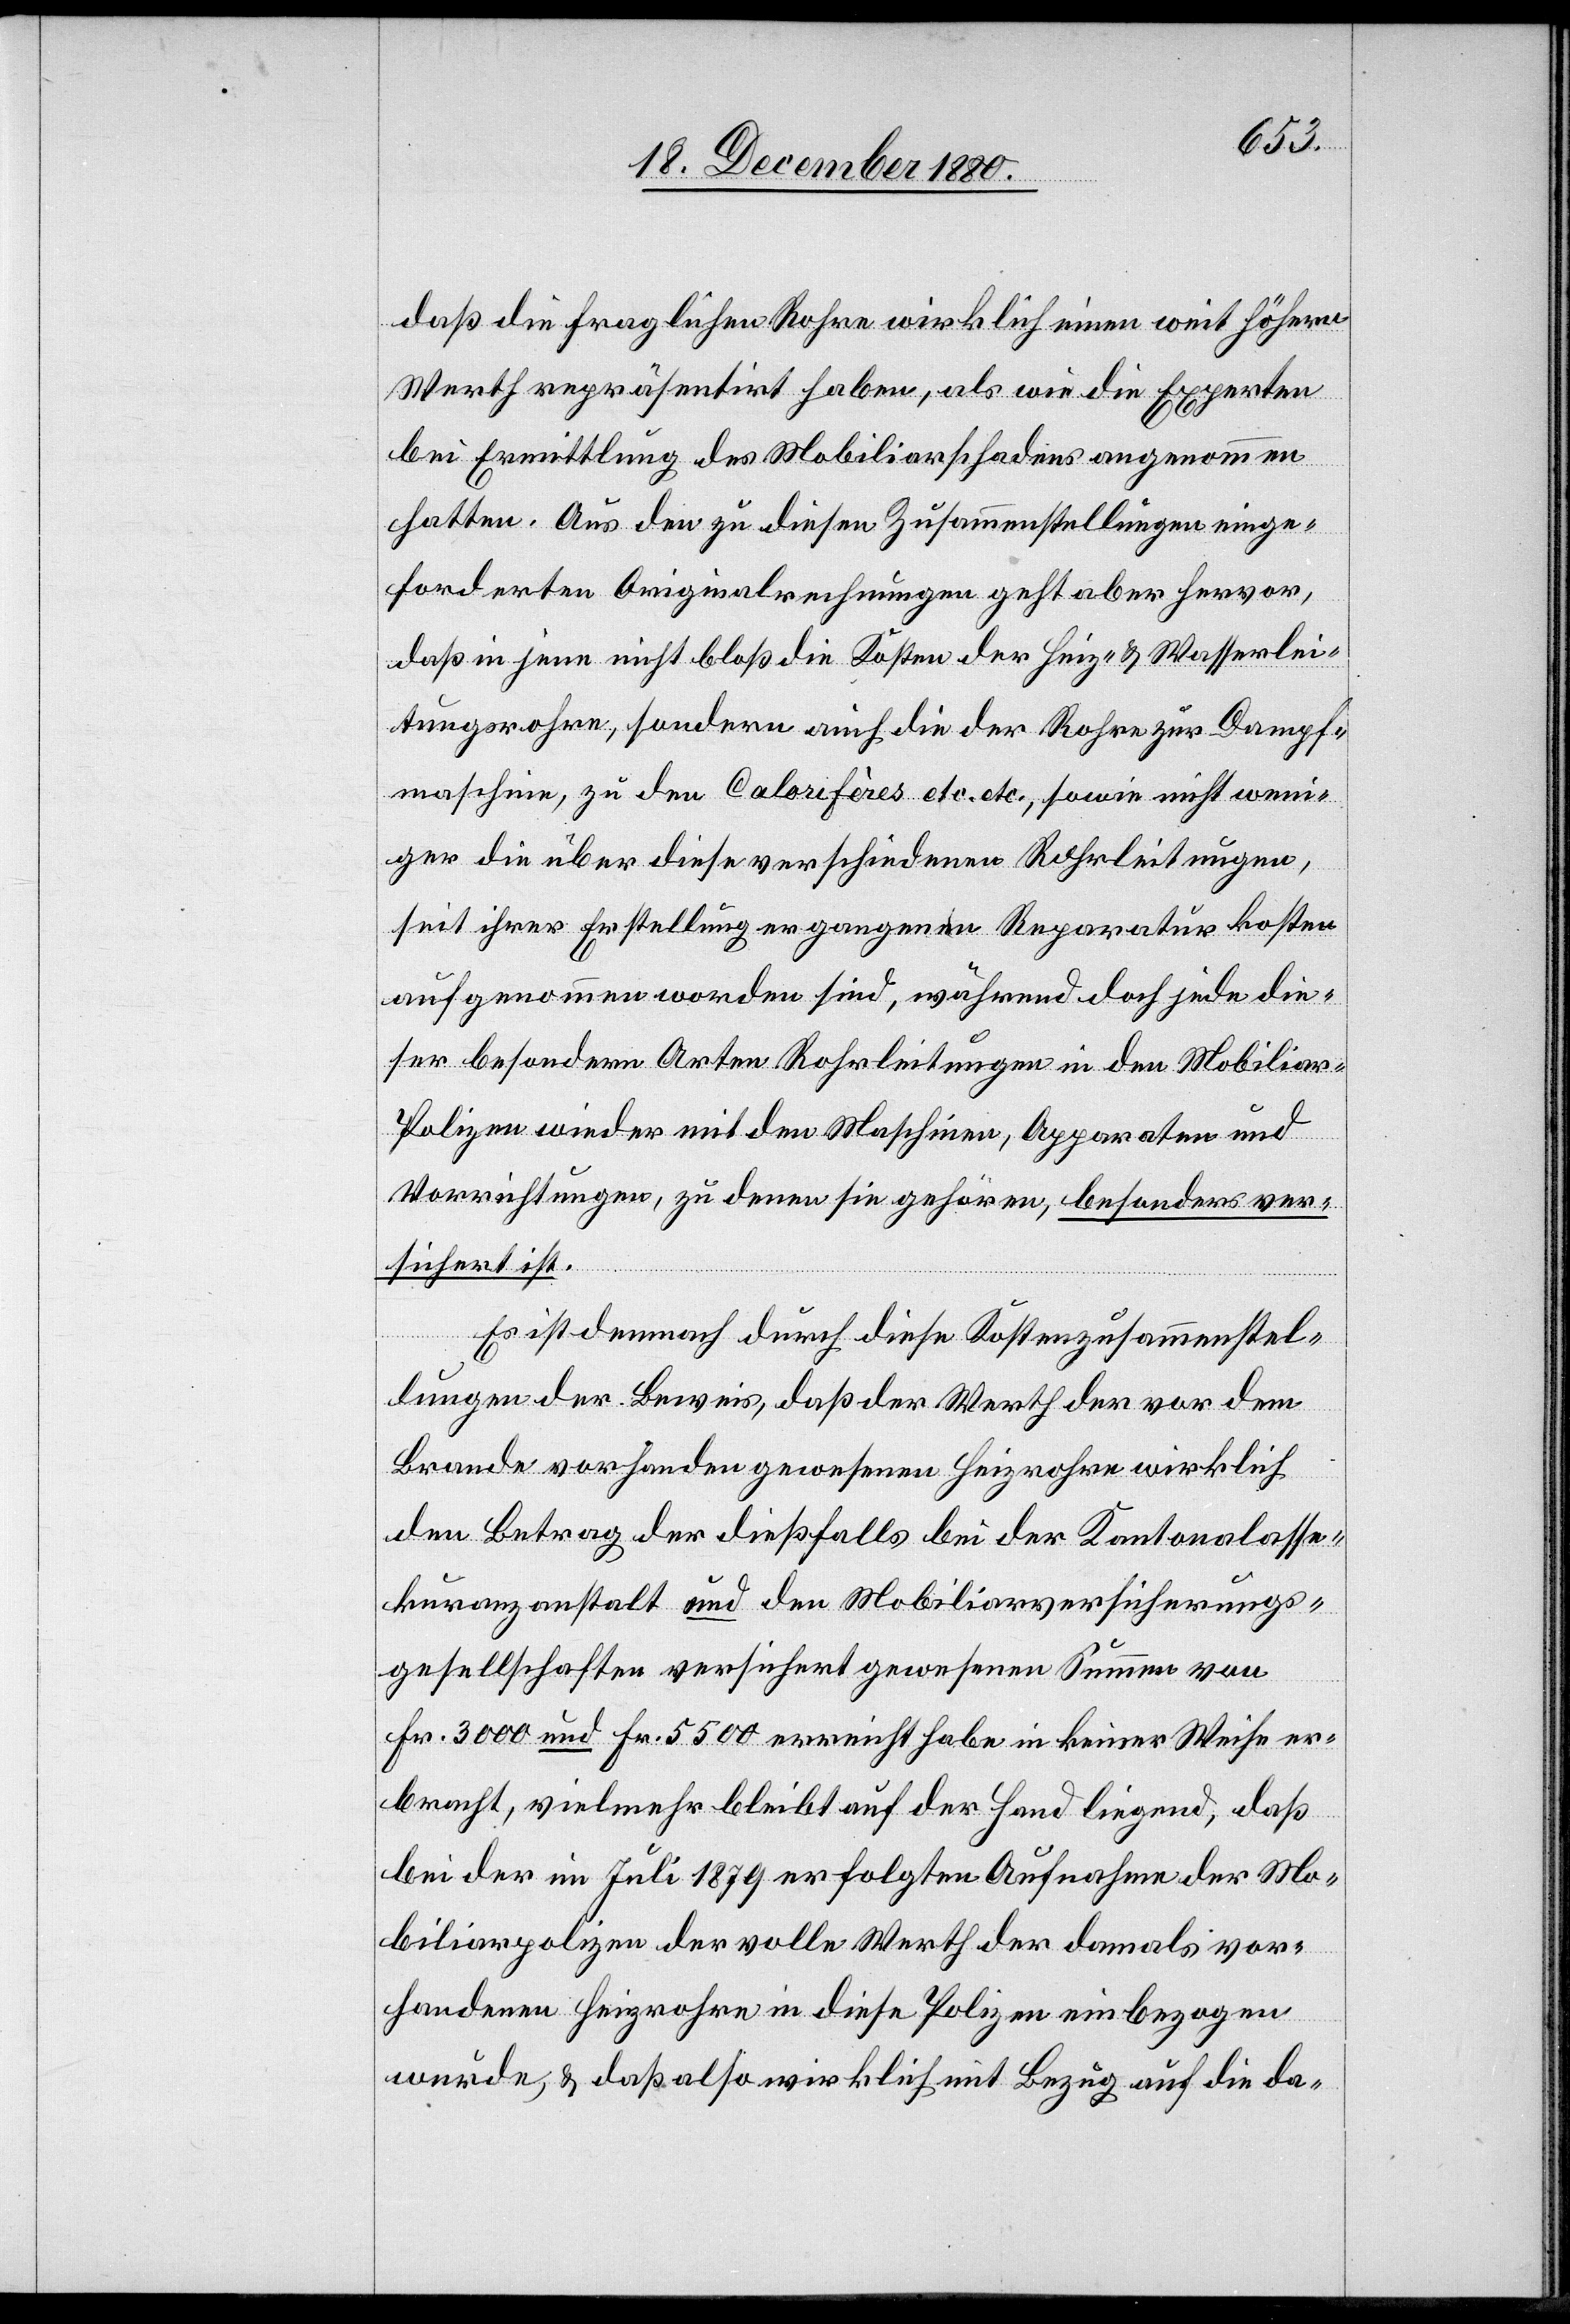
daß die fraglichen Rohre wirklich weit höhern
Werth repräsentirt haben, als wie die Experten
bei Ermittlung des Mobiliarschadens angenommen
hatten. Aus den zu diesen Zusammenstellungen einge¬
forderten Originalrechnungen geht aber hervor,
daß in jene nicht bloß die Kosten der Heiz- & Wasserlei¬
tungsrohre, sondern auch die der Rohre zur Dampf¬
maschine, zu den Calorifère etc. etc., sowie nicht weni¬
ger die über diese verschiedenen Rohrleitungen,
seit ihrer Erstellung ergangenen Reparaturkosten
aufgenommen worden sind, während doch jede die¬
ser besondern Arten Rohrleitungen in den Mobiliar-P¬
olizen wieder mit den Maschinen, Apparaturen und
Vorrichtungen, zu denen sie gehören, besonders ver¬
sichert ist.
Es ist demnach durch diese Kostenzusammenstel¬
lungen der Beweis, daß der Werth der vor dem
Brande vorhanden gewesene Heizrohre wirklich
den Betrag der dießfalls bei der Kantonalasse¬
kuranzanstalt und den Mobiliarversicherungs¬
gesellschaften versichert gewesenen Summe von
Fr. 3000 und Fr. 5500 erreicht habe in keiner Weise er¬
bracht, vielmehr bleibt auf der Hand liegend, daß
bei der im Juli 1879 erfolgten Aufnahme der Mo¬
biliarpolizen der volle Werth der damals vor¬
handenen Heizrohre in diese Polizen einbezogen
wurde, & daß also wirklich mit Bezug auf die da-